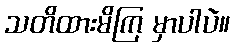
သတိထားမိကြ မှာပါပဲ။